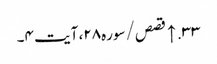
۳۳. ↑ قصص/سوره۲۸، آیت ۴۔